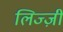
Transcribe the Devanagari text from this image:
लिज्ज़ी